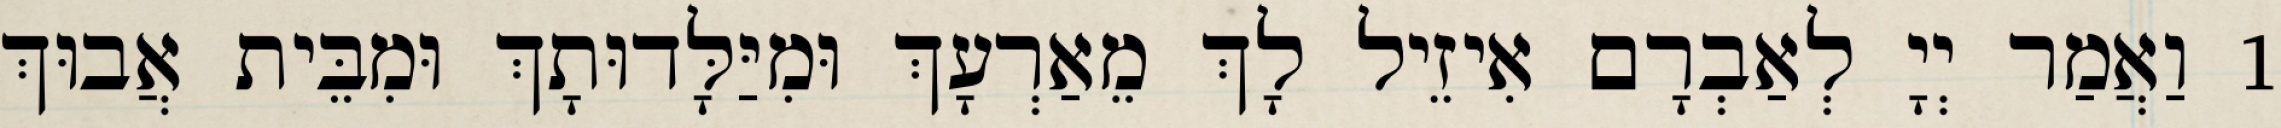
1 וַאֲמַר יְיָ לְאַבְרָם אִיזֵיל לָךְ מֵאַרְעָךְ וּמִיַּלָּדוּתָךְ וּמִבֵּית אֲבוּךְ